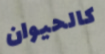
كالحيوان